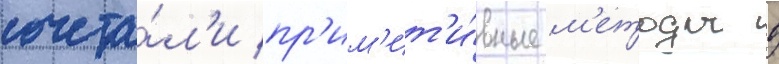
сочета́л'и пр'им'ит'и́вные м'етоды в